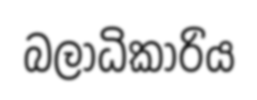
බලාධිකාරිය